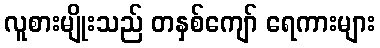
လူစားမျိုးသည် တနှစ်ကျော် ရေကားများ